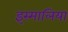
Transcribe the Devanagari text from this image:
इस्मालिया